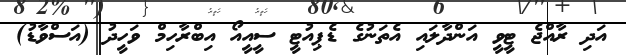
އަދި ރާއްޖެ ޓީވީ އަންދާލައި އެތަނުގެ ޑެޕިއުޓީ ސީއީއޯ އިބްރާހިމް ވަހީދު (އަސްވާޑު)